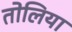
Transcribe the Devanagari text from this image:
तोलिया